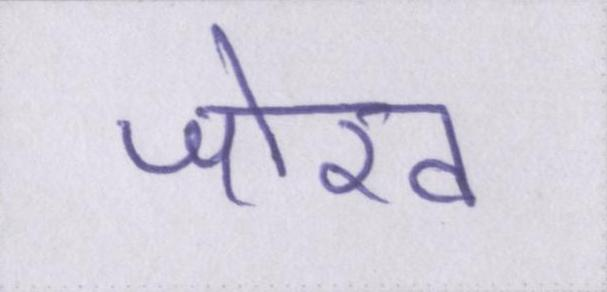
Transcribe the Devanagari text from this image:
जोख